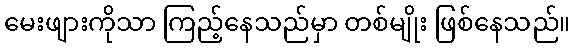
မေးဖျားကိုသာ ကြည့်နေသည်မှာ တစ်မျိုး ဖြစ်နေသည်။